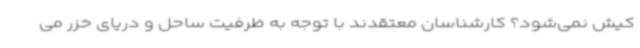
کیش نمی‌شود؟ کارشناسان معتقدند با توجه به ظرفیت ساحل و دریای خزر می